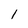
Character: 1